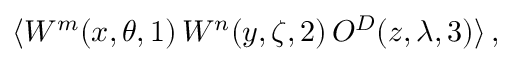
\langle { \cal W } ^ { m } ( x , \theta , 1 ) \, { \cal W } ^ { n } ( y , \zeta , 2 ) \, { \cal O } ^ { { \cal D } } ( z , \lambda , 3 ) \rangle \, ,